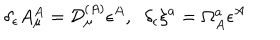
\delta _ { \epsilon } A _ { \mu } ^ { A } = { \cal D } _ { \mu } ^ { ( A ) } \epsilon ^ { A } , \; \; \delta _ { \epsilon } \xi ^ { a } = \Omega _ { A } ^ { a } \epsilon ^ { A }